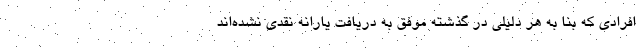
افرادی که بنا به هر دلیلی در گذشته موفق به دریافت یارانه نقدی نشده‌اند